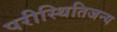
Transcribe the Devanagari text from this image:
परीस्थितिजन्य